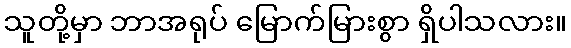
သူတို့မှာ ဘာအရုပ် မြောက်မြားစွာ ရှိပါသလား။